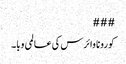
###
کورونا وائرس کی عالمی وبا۔